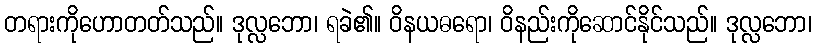
တရားကိုဟောတတ်သည်။ ဒုလ္လဘော၊ ရခဲ၏။ ဝိနယဓရော၊ ဝိနည်းကိုဆောင်နိုင်သည်။ ဒုလ္လဘော၊